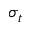
\sigma _ { t }